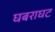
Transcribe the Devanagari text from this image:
घबराघट